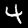
Digit: 4